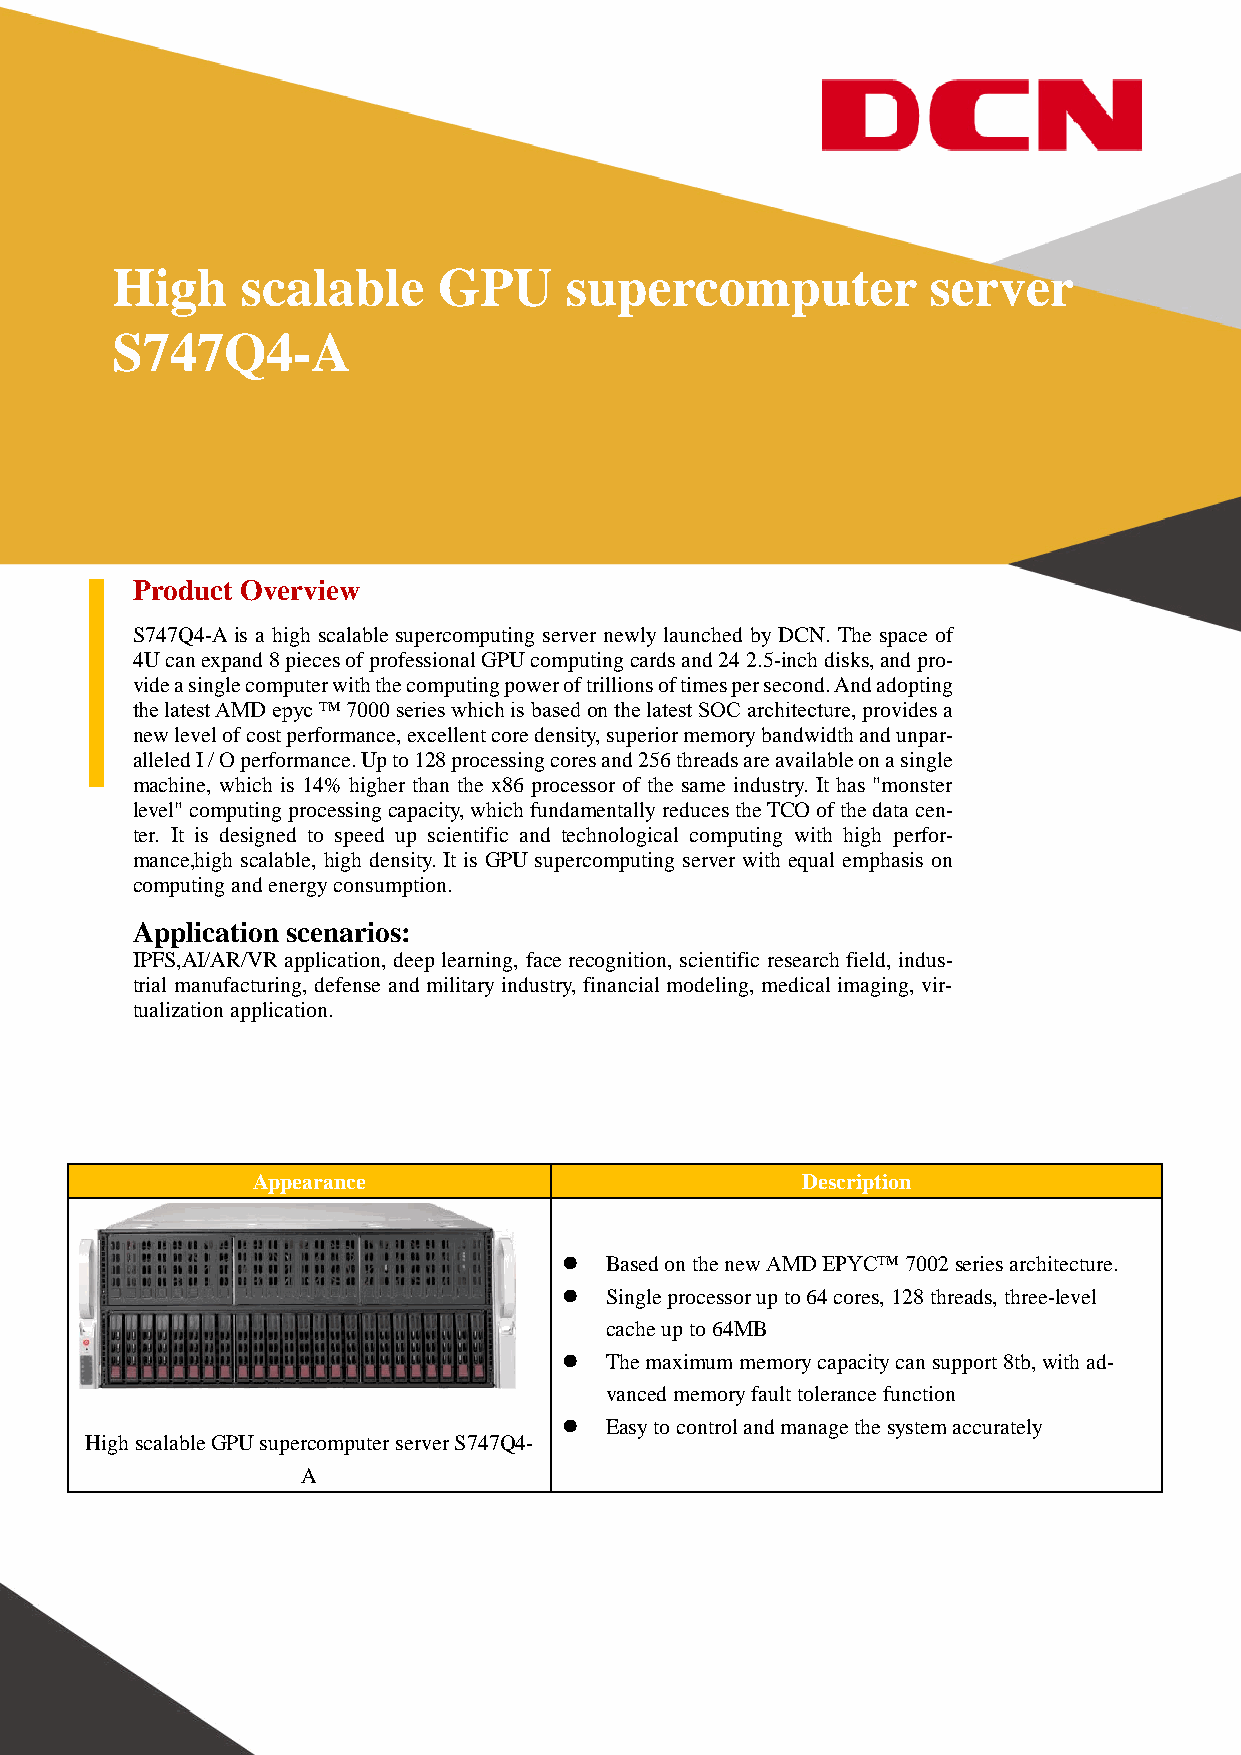
High     scalable     GPU     supercomputer            server
 S747Q4-A
 Product Overview
 S747Q4-A is a high scalable supercomputing server newly launched by DCN. The space of
 4U can expand 8 pieces of professional GPU computing cards and 24 2.5-inch disks, and pro-
 vide a single computer with the computing power of trillions of times per second. And adopting
 the latest AMD epyc ™ 7000 series which is based on the latest SOC architecture, provides a
 new level of cost performance, excellent core density, superior memory bandwidth and unpar-
 alleled I / O performance. Up to 128 processing cores and 256 threads are available on a single
 machine, which is 14% higher than the x86 processor of the same industry. It has "monster
 level" computing processing capacity, which fundamentally reduces the TCO of the data cen-
 ter. It is designed to speed up scientific and technological computing with high perfor-
 mance,high scalable, high density. It is GPU supercomputing server with equal emphasis on
 computing and energy consumption.
 Application scenarios:
 IPFS,AI/AR/VR application, deep learning, face recognition, scientific research field, indus-
 trial manufacturing, defense and military industry, financial modeling, medical imaging, vir-
 tualization application.
 Appearance                          Description
   Based on the new AMD EPYC™ 7002 series architecture.
   Single processor up to 64 cores, 128 threads, three-level
 cache up to 64MB
   The maximum memory capacity can support 8tb, with ad-
 vanced memory fault tolerance function
   Easy to control and manage the system accurately
 High scalable GPU supercomputer server S747Q4-
 A
 Tel: +86-10-82707033 Fax: +86-10-82705112
 Email: dcnsales@digitalchina.com, sales@dcnglobal.com Website: www.dcnglobal.com 0